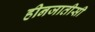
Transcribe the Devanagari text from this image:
हीनजातीसी